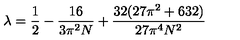
\lambda = \frac { 1 } { 2 } - \frac { 1 6 } { 3 \pi ^ { 2 } N } + \frac { 3 2 ( 2 7 \pi ^ { 2 } + 6 3 2 ) } { 2 7 \pi ^ { 4 } N ^ { 2 } }